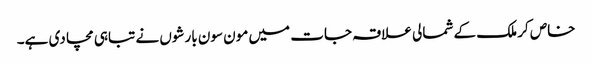
خاص کر ملک کے شمالی علاقہ جات میں مون سون بارشوں نے تباہی مچا دی ہے۔